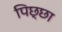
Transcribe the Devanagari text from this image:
पिछ्छा